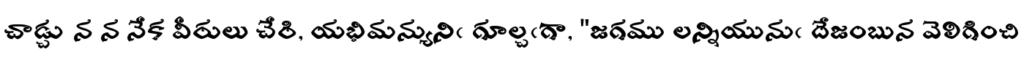
చాడ్చు న న నేక వీరులు చేరి, యభిమన్యునిఁ గూల్చఁగా, "జగము లన్నియునుఁ దేజంబున వెలిగించి